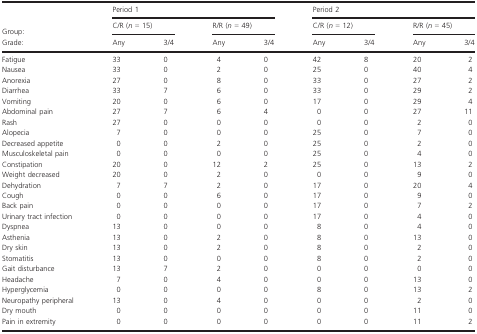
<table><thead><tr><td></td><td colspan="4"><b>Period 1</b></td><td colspan="4"><b>Period 2</b></td></tr><tr><td><b>Group:</b></td><td colspan="2"><b>C/R (<i>n</i> = 15)</b></td><td colspan="2"><b>R/R (<i>n</i> = 49)</b></td><td colspan="2"><b>C/R (<i>n</i> = 12)</b></td><td colspan="2"><b>R/R (<i>n</i> = 45)</b></td></tr><tr><td><b>Grade:</b></td><td><b>Any</b></td><td><b>3/4</b></td><td><b>Any</b></td><td><b>3/4</b></td><td><b>Any</b></td><td><b>3/4</b></td><td><b>Any</b></td><td><b>3/4</b></td></tr></thead><tbody><tr><td>Fatigue</td><td>33</td><td>0</td><td>4</td><td>0</td><td>42</td><td>8</td><td>20</td><td>2</td></tr><tr><td>Nausea</td><td>33</td><td>0</td><td>2</td><td>0</td><td>25</td><td>0</td><td>40</td><td>4</td></tr><tr><td>Anorexia</td><td>27</td><td>0</td><td>8</td><td>0</td><td>33</td><td>0</td><td>27</td><td>2</td></tr><tr><td>Diarrhea</td><td>33</td><td>7</td><td>6</td><td>0</td><td>33</td><td>0</td><td>29</td><td>2</td></tr><tr><td>Vomiting</td><td>20</td><td>0</td><td>6</td><td>0</td><td>17</td><td>0</td><td>29</td><td>4</td></tr><tr><td>Abdominal pain</td><td>27</td><td>7</td><td>6</td><td>4</td><td>0</td><td>0</td><td>27</td><td>11</td></tr><tr><td>Rash</td><td>27</td><td>0</td><td>0</td><td>0</td><td>0</td><td>0</td><td>2</td><td>0</td></tr><tr><td>Alopecia</td><td>7</td><td>0</td><td>0</td><td>0</td><td>25</td><td>0</td><td>7</td><td>0</td></tr><tr><td>Decreased appetite</td><td>0</td><td>0</td><td>2</td><td>0</td><td>25</td><td>0</td><td>2</td><td>0</td></tr><tr><td>Musculoskeletal pain</td><td>0</td><td>0</td><td>0</td><td>0</td><td>25</td><td>0</td><td>4</td><td>0</td></tr><tr><td>Constipation</td><td>20</td><td>0</td><td>12</td><td>2</td><td>25</td><td>0</td><td>13</td><td>2</td></tr><tr><td>Weight decreased</td><td>20</td><td>0</td><td>2</td><td>0</td><td>0</td><td>0</td><td>9</td><td>0</td></tr><tr><td>Dehydration</td><td>7</td><td>7</td><td>2</td><td>0</td><td>17</td><td>0</td><td>20</td><td>4</td></tr><tr><td>Cough</td><td>0</td><td>0</td><td>6</td><td>0</td><td>17</td><td>0</td><td>9</td><td>0</td></tr><tr><td>Back pain</td><td>0</td><td>0</td><td>0</td><td>0</td><td>17</td><td>0</td><td>7</td><td>2</td></tr><tr><td>Urinary tract infection</td><td>0</td><td>0</td><td>0</td><td>0</td><td>17</td><td>0</td><td>4</td><td>0</td></tr><tr><td>Dyspnea</td><td>13</td><td>0</td><td>0</td><td>0</td><td>8</td><td>0</td><td>4</td><td>0</td></tr><tr><td>Asthenia</td><td>13</td><td>0</td><td>2</td><td>0</td><td>8</td><td>0</td><td>13</td><td>0</td></tr><tr><td>Dry skin</td><td>13</td><td>0</td><td>2</td><td>0</td><td>8</td><td>0</td><td>2</td><td>0</td></tr><tr><td>Stomatitis</td><td>13</td><td>0</td><td>0</td><td>0</td><td>8</td><td>0</td><td>2</td><td>0</td></tr><tr><td>Gait disturbance</td><td>13</td><td>7</td><td>2</td><td>0</td><td>0</td><td>0</td><td>0</td><td>0</td></tr><tr><td>Headache</td><td>7</td><td>0</td><td>4</td><td>0</td><td>0</td><td>0</td><td>13</td><td>0</td></tr><tr><td>Hyperglycemia</td><td>0</td><td>0</td><td>0</td><td>0</td><td>8</td><td>0</td><td>13</td><td>2</td></tr><tr><td>Neuropathy peripheral</td><td>13</td><td>0</td><td>4</td><td>0</td><td>0</td><td>0</td><td>2</td><td>0</td></tr><tr><td>Dry mouth</td><td>0</td><td>0</td><td>0</td><td>0</td><td>0</td><td>0</td><td>11</td><td>0</td></tr><tr><td>Pain in extremity</td><td>0</td><td>0</td><td>0</td><td>0</td><td>0</td><td>0</td><td>11</td><td>2</td></tr></tbody></table>